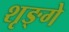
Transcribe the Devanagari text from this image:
शृङ्गे